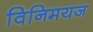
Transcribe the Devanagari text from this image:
विनिमयज